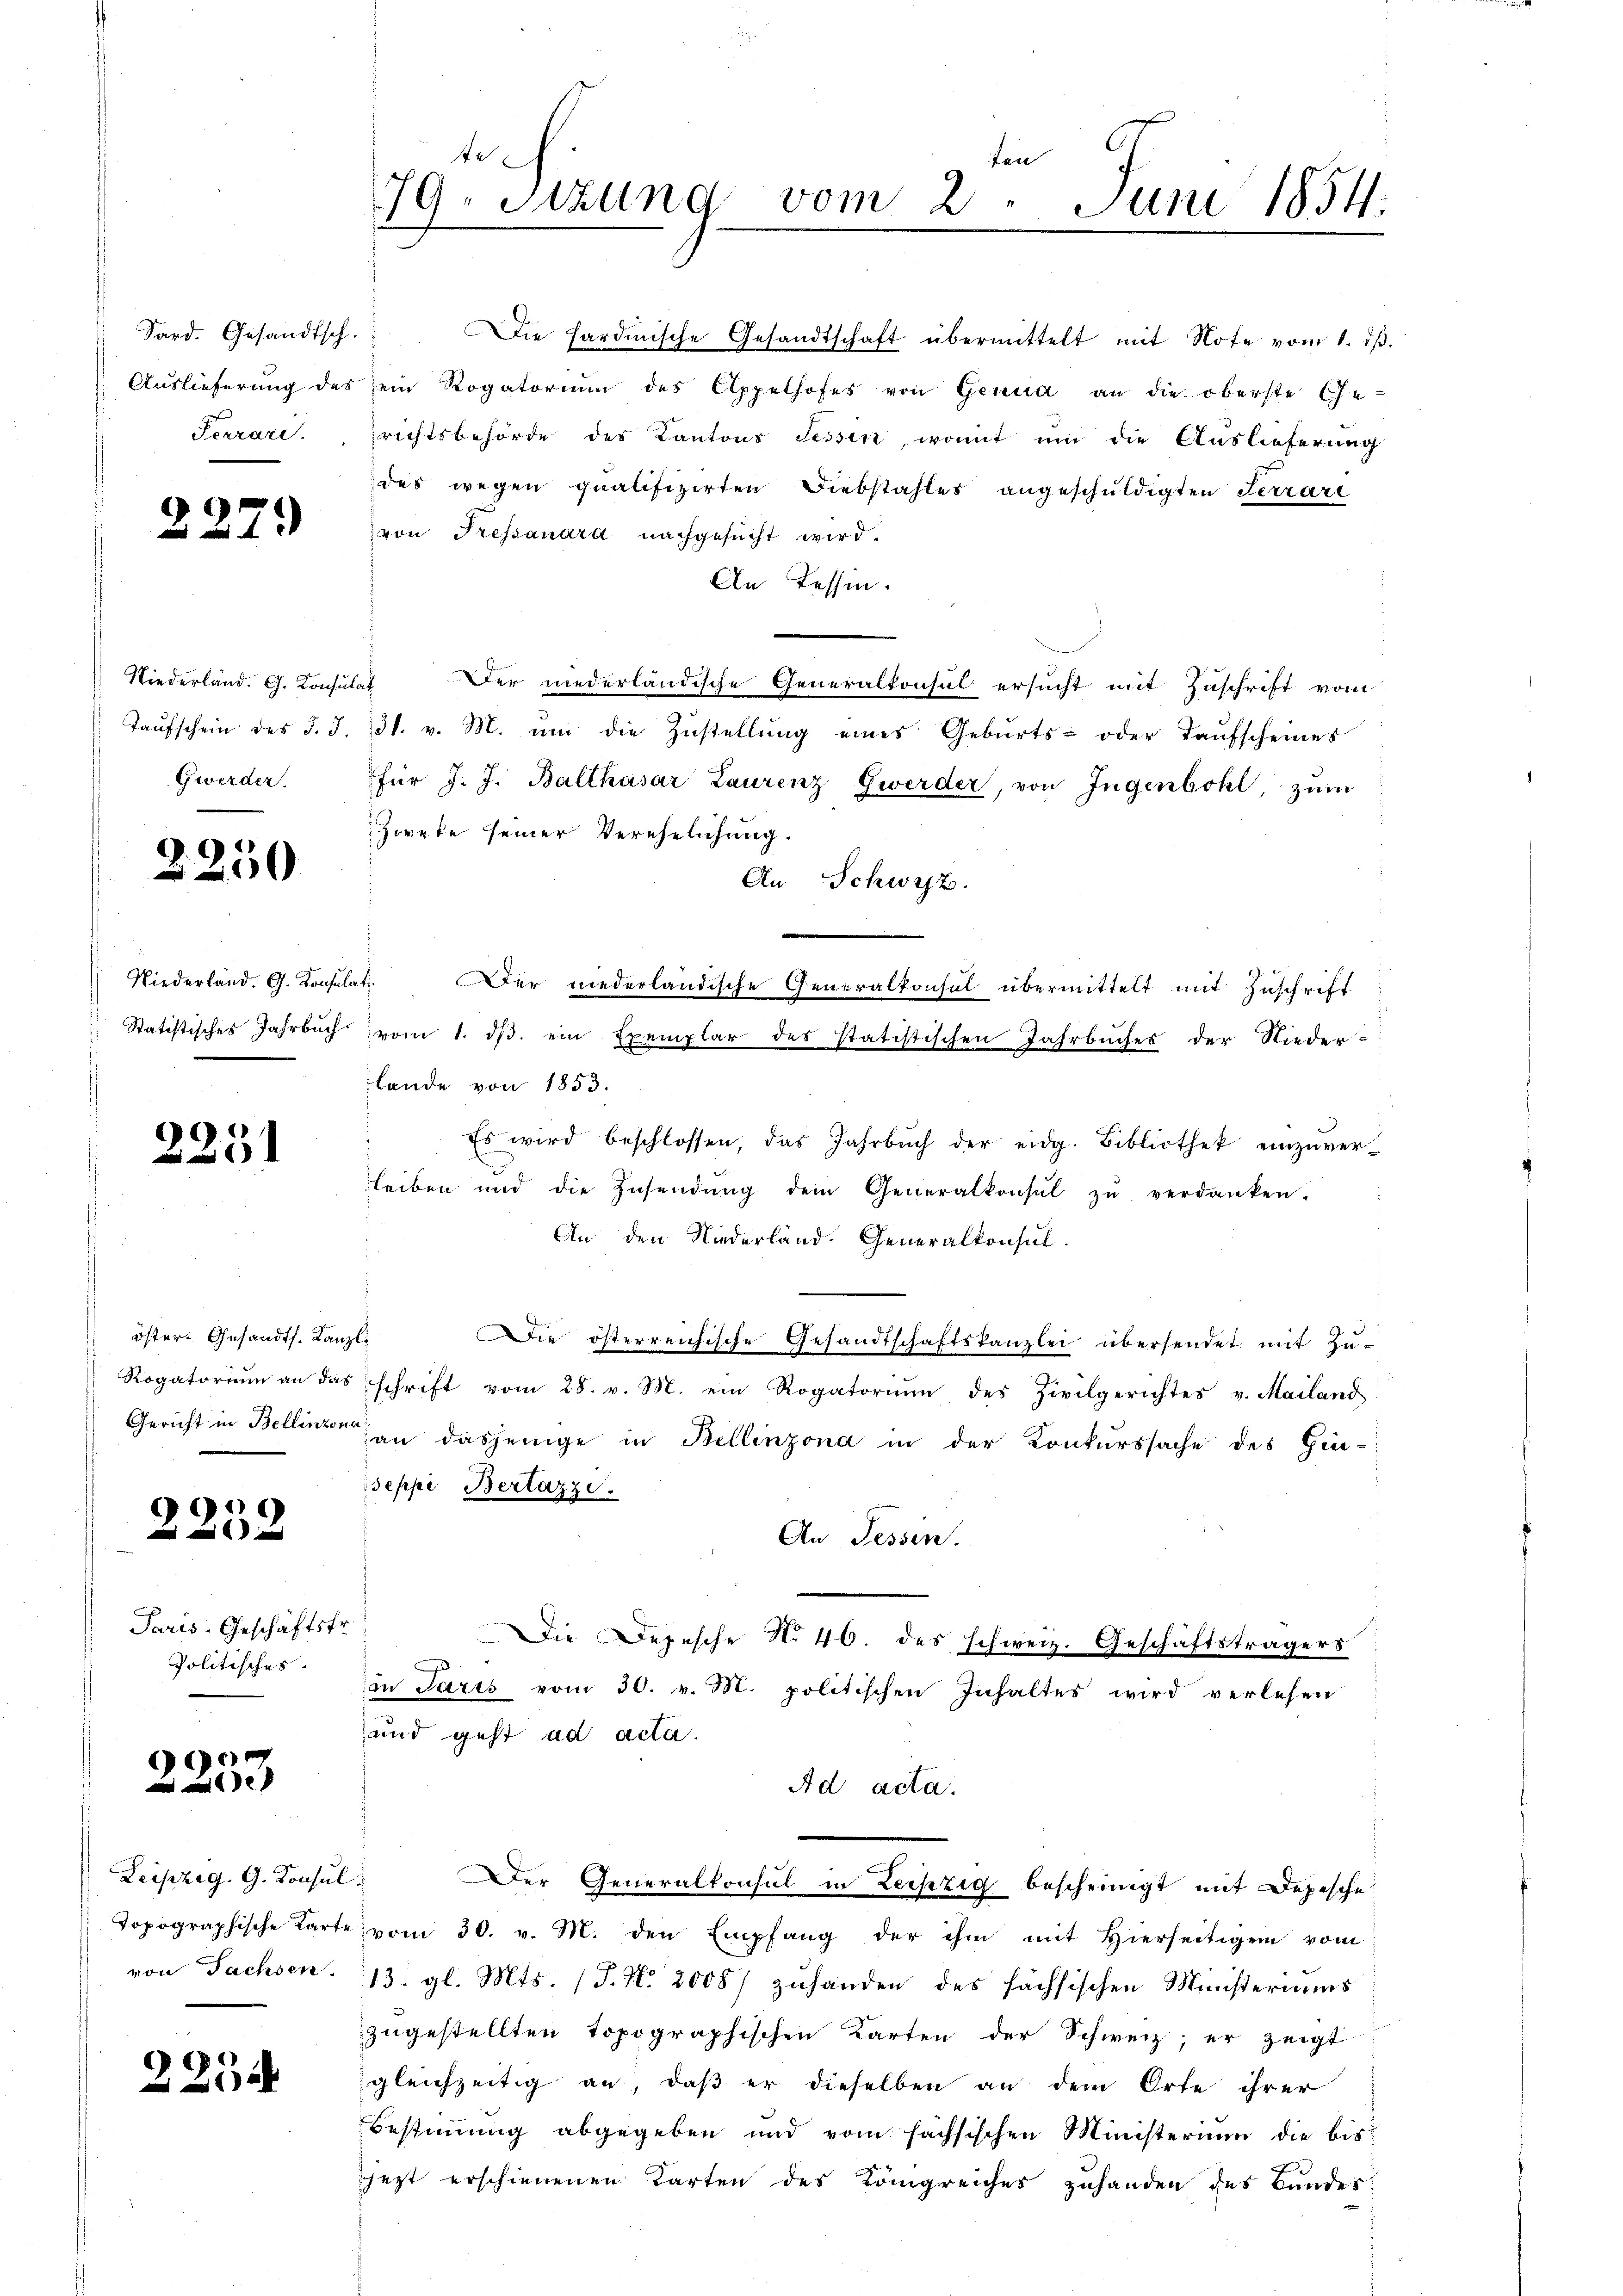
Sard. Gesandtsch.
Ferrari.

227.

Niederland. G. Consul
Taufschein des §. 3.
Gwerden.

2250

Niederländ. G. Konsul
Statistisches Jahrbuch.

2231

öster- Gesandts. Kanz
Rogatorium an das
Gericht in Bellinzon

1
e
x

Paris. Geschäftsfr.
Politisches.

2253

Leipzig. G. Konsul
Topographische Karte
von Sachsen.

2254

te
ten
79. Sitzung vom 2. Juni 1854.
i

Die hardinische Gesandtschaft übermittelt mit Note vom 1. dβ.
Auslieferŭng des ein Rogatorium des Appelhofes von Genua an die oberste Ge-
richtsbehörde der Kantons Tessin, womit um die Auslieferung
das wegen qualifizirten Diebstahles angeschuldigten Terrari
von Fressanara nachgesucht wird.
An Tessin.
at
Der niederländische Generalkonsul ersucht mit Zuschrift vom
31. v. M. um die Zustellung eines Geburts- oder Taufscheines
für J. J. Balthasar Laurenz Zwerder, von Ingenbohl, zum
Zweke seiner Verehelichung.
An Schwyz.
at
Der niederländische Generalkonsul übermittelt mit Zuschrift
vom 1. dβ. ein Exemplar des statistischen Jahrbuches der Nieder-
lande von 1853.
Es wird beschlossen, das Jahrbŭch der eidg. Bibliothek einzŭver-
leiben und die Zusendŭng dem Generalkonst zŭ verdanken.
An den Niederland. Generalkonsul-
d
Die österreichische Gesandtschaftskanzlei übersendet mit Zuschrift vom 28. v. M. ein Rogatoriŭm des Zivilgerichtes v. Mailand
an dasjenige in Bellinzona in der Konkurssache des Gin-
Seppi Bertazzi.
An Tessin.
Die Depesche No 46. des schweiz. Geschäftsträgers
in Paris vom 30. v. M. politischen Inhaltes wird verlesen
und geht ad acta.
Ad acta.
“ Der Generalkonsul in Leipzig bescheinigt mit Depesche
vom 30. v. M. den Empfang der ihm mit Hierseitigem vom
13. gl. Mts. (T. N. 2008/ zuhanden des sächsischen Ministeriums
zugestellten Topographischen Karten der Schweiz; er zeigt
gleichzeitig an, daß er dieselben an dem Orte ihrer
Bestimmung abgegeben und vom fachsischen Ministerium die bis
jezt erschienenen Karten des Königreiches zuhanden des Bundes-